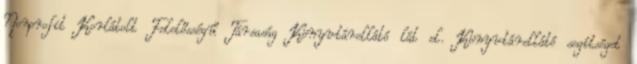
Nonprofit Korlátolt Felelősségű Társaság Könyvtárellátó lát el. Könyvtárellátó segítséget